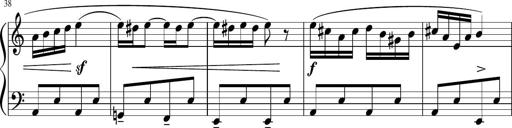
Title: 4 Sonatinas
Composer: Jacob Schmitt